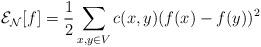
LaTeX: \begin{align*} \mathcal E_{\mathcal N}[f] = \frac 12 \sum_{x,y \in V} c(x,y)(f(x)-f(y))^2\end{align*}